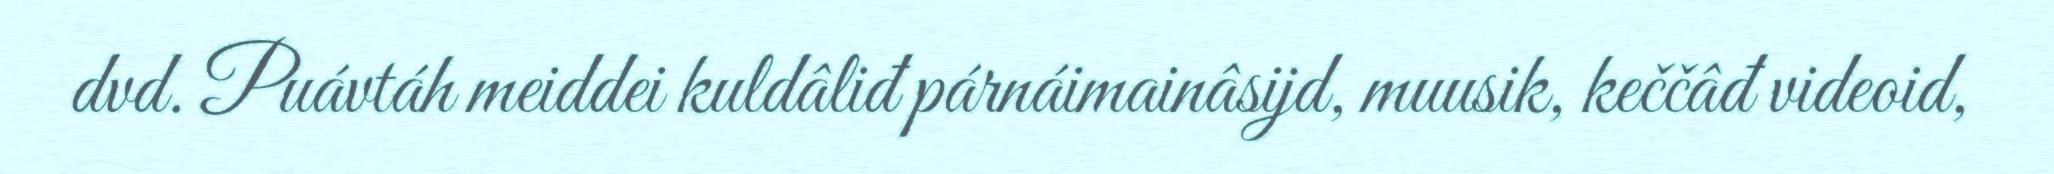
dvd. Puávtáh meiddei kuldâliđ párnáimainâsijd, muusik, keččâđ videoid,